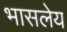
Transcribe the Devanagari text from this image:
भासलेय